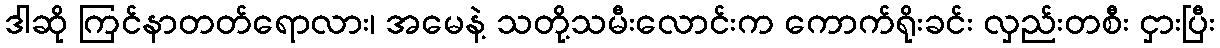
ဒါဆို ကြင်နာတတ်ရောလား၊ အမေနဲ့ သတို့သမီးလောင်းက ကောက်ရိုးခင်း လှည်းတစီး ငှားပြီး